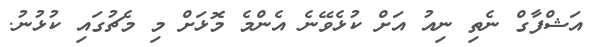
އަޝްފާގް ނެތި ނިއު އަށް ކުޅެވޭނެ އެންމެ މޮޅަށް މި މެޗުގައި ކުޅުނު.